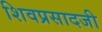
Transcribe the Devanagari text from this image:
शिवप्रसादजी